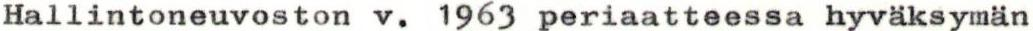
Hallintoneuvoston v. 1963 periaatteessa hyväksymän